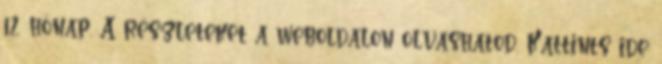
12 hónap. A részleteket a weboldalon olvashatod. Kattints ide